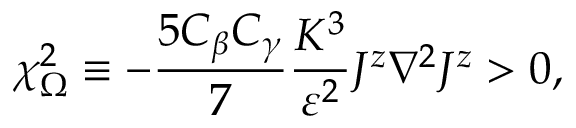
\chi _ { \Omega } ^ { 2 } \equiv - \frac { 5 C _ { \beta } C _ { \gamma } } { 7 } \frac { K ^ { 3 } } { \varepsilon ^ { 2 } } J ^ { z } \nabla ^ { 2 } J ^ { z } > 0 ,